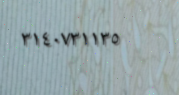
٣١٤٠٧٣١١٣٥